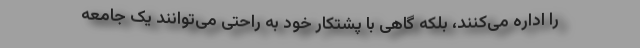
را اداره می‌کنند، بلکه گاهی با پشتکار خود به راحتی می‌توانند یک جامعه